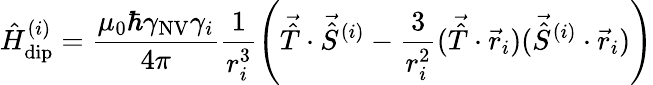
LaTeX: \hat{H}_{\mathrm{dip}}^{(i)}=\frac{\mu_{0}\hbar\gamma_{\mathrm{NV}}\gamma_{i}}{4\pi}\frac{1}{r_{i}^{3}}\left(\vec{\hat{T}}\cdot\vec{\hat{S}}^{(i)}-\frac{3}{r_{i}^{2}}(\vec{\hat{T}}\cdot\vec{r}_{i})(\vec{\hat{S}}^{(i)}\cdot\vec{r}_{i})\right)